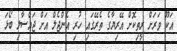
އަކޫ ވަރަށް ރީތިކޮށް އޭރިޔާގެ ތެރޭގައި ހުރި އެންޖެލް އަށް ޖައްސާލި ބޯޅަ